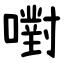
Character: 嚉